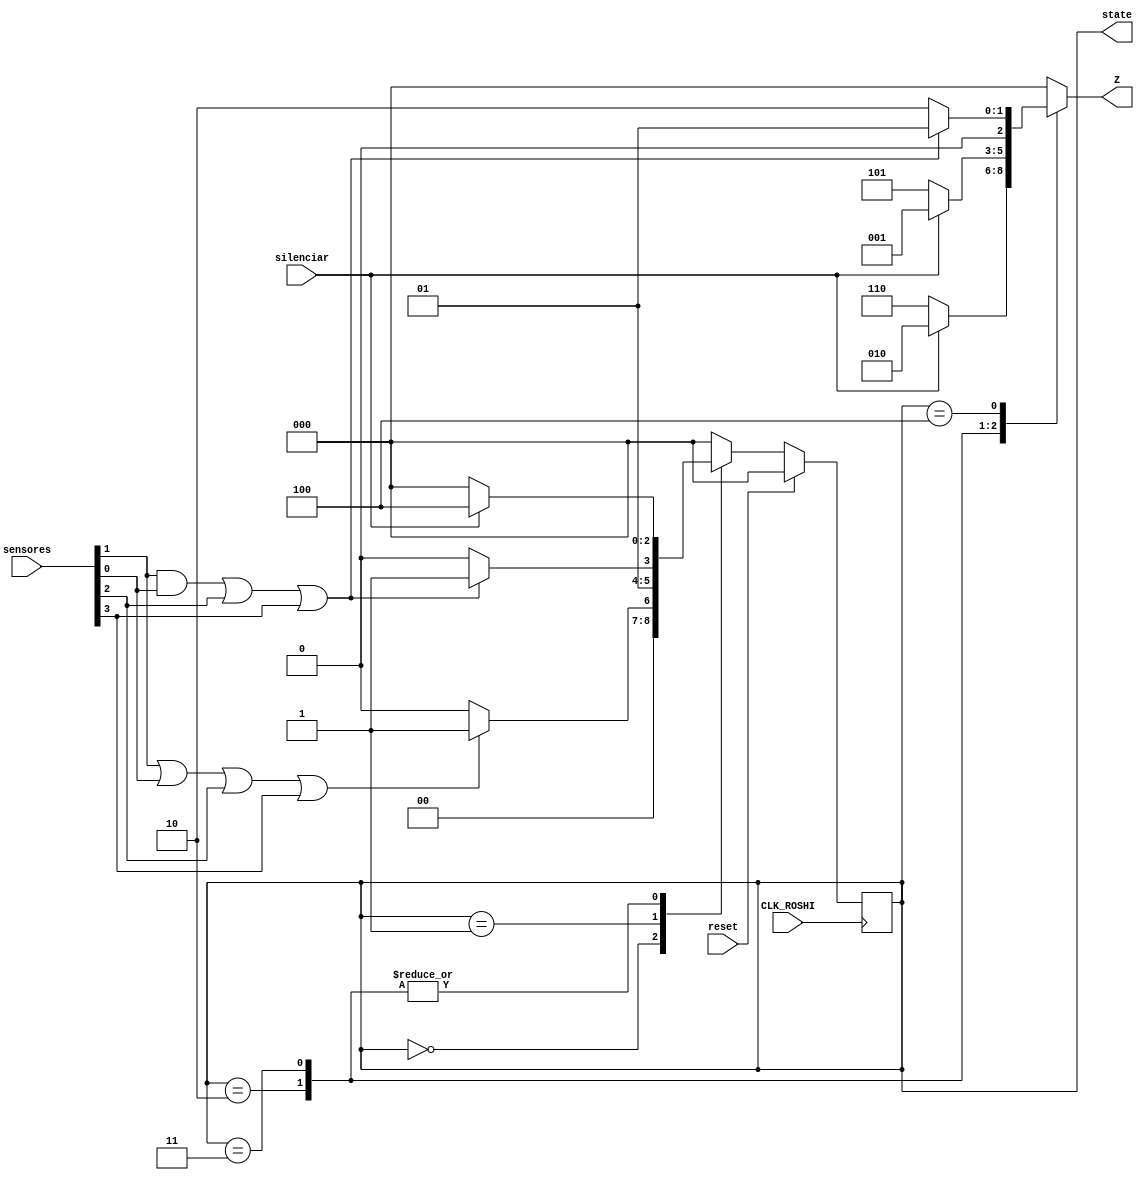
`timescale 1ns / 1ps

module Maquina_FSM(CLK_ROSHI, reset, silenciar, sensores, Z, state);
	input wire CLK_ROSHI, reset, silenciar; //reset: reinicia la maquina, silenciar apaga el led de alarma sonora.
	input wire [3:0] sensores;	//Sensores activos.
	output reg [2:0] Z, state; //Z se refiere a las salidas: 'alarma sonora' y 'led de emergencia y led de alerta'.

	reg X, Y;
	reg [2:0] ESTADO_ACTUAL, ESTADO_SIGUIENTE;
	parameter [2:0] S0 = 3'b000, S1 = 3'b001, S2 = 3'b010, S3 = 3'b011, S4 = 3'b100, S5 = 3'b101, S6 = 3'b110, S7 = 3'b111;
	
	initial begin
		ESTADO_ACTUAL <= S0;
		ESTADO_SIGUIENTE <= S0;
		Z <= S0;
	end
	
	always @ (sensores) begin
		X <= (sensores[1] | sensores[0] | sensores[2] | sensores[3]); //dato
		Y <= ((sensores[1] & sensores[0]) | sensores[2] | sensores[3]); //emergencia
	end
	
	always @ (posedge CLK_ROSHI) begin
		if (reset) ESTADO_ACTUAL <= S0;
		else ESTADO_ACTUAL <= ESTADO_SIGUIENTE;
	end		
	
	always @ (ESTADO_ACTUAL or X or Y or silenciar) begin
		case(ESTADO_ACTUAL)
			S0:	
				if(X) ESTADO_SIGUIENTE <= S1;
				else ESTADO_SIGUIENTE <= S0;
			S1:		
				if(Y) ESTADO_SIGUIENTE <= S3;
				else ESTADO_SIGUIENTE <= S2;
			S2:
				if(silenciar) ESTADO_SIGUIENTE <= S4;
				else ESTADO_SIGUIENTE <= S0;
			S3:		
				if(silenciar) ESTADO_SIGUIENTE <= S4;
				else ESTADO_SIGUIENTE <= S0;
			S4:		
				ESTADO_SIGUIENTE <= S0;
			default:
				ESTADO_SIGUIENTE <= S0;
		endcase
	end
	
	always @ (ESTADO_ACTUAL or Y or silenciar) begin
		case(ESTADO_ACTUAL)
			S0:	
				Z <= S0;
			S1:		
				Z <= S0;
			S2:
				if (silenciar) Z <= S2;
				else Z <= S6; 
			S3:		
				if (silenciar) Z <= S1;
				else Z <= S5;
			S4:		
				if (Y) Z <= S1;
				else Z <= S2;
			default:
				Z <= S0;
		endcase
		state <= ESTADO_ACTUAL;
	end
endmodule